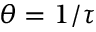
\theta = 1 / \tau